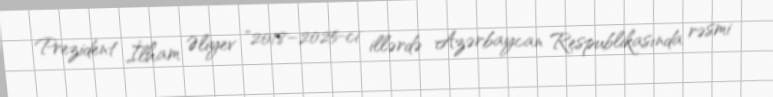
Prezident İlham Əliyev "2018–2025-ci illərdə Azərbaycan Respublikasında rəsmi